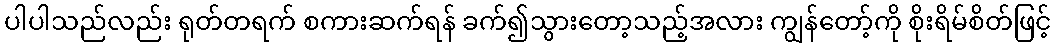
ပါပါသည်လည်း ရုတ်တရက် စကားဆက်ရန် ခက်၍သွားတော့သည့်အလား ကျွန်တော့်ကို စိုးရိမ်စိတ်ဖြင့်